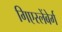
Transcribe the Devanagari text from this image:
गिएस्लेंबेर्ग